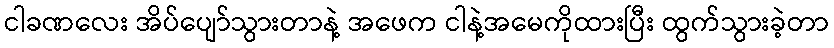
ငါခဏလေး အိပ်ပျော်သွားတာနဲ့ အဖေက ငါနဲ့အမေကိုထားပြီး ထွက်သွားခဲ့တာ